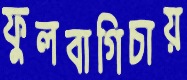
ফুলবাগিচায়